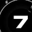
Digit: 7